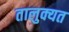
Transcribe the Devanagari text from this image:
तालुक्यत